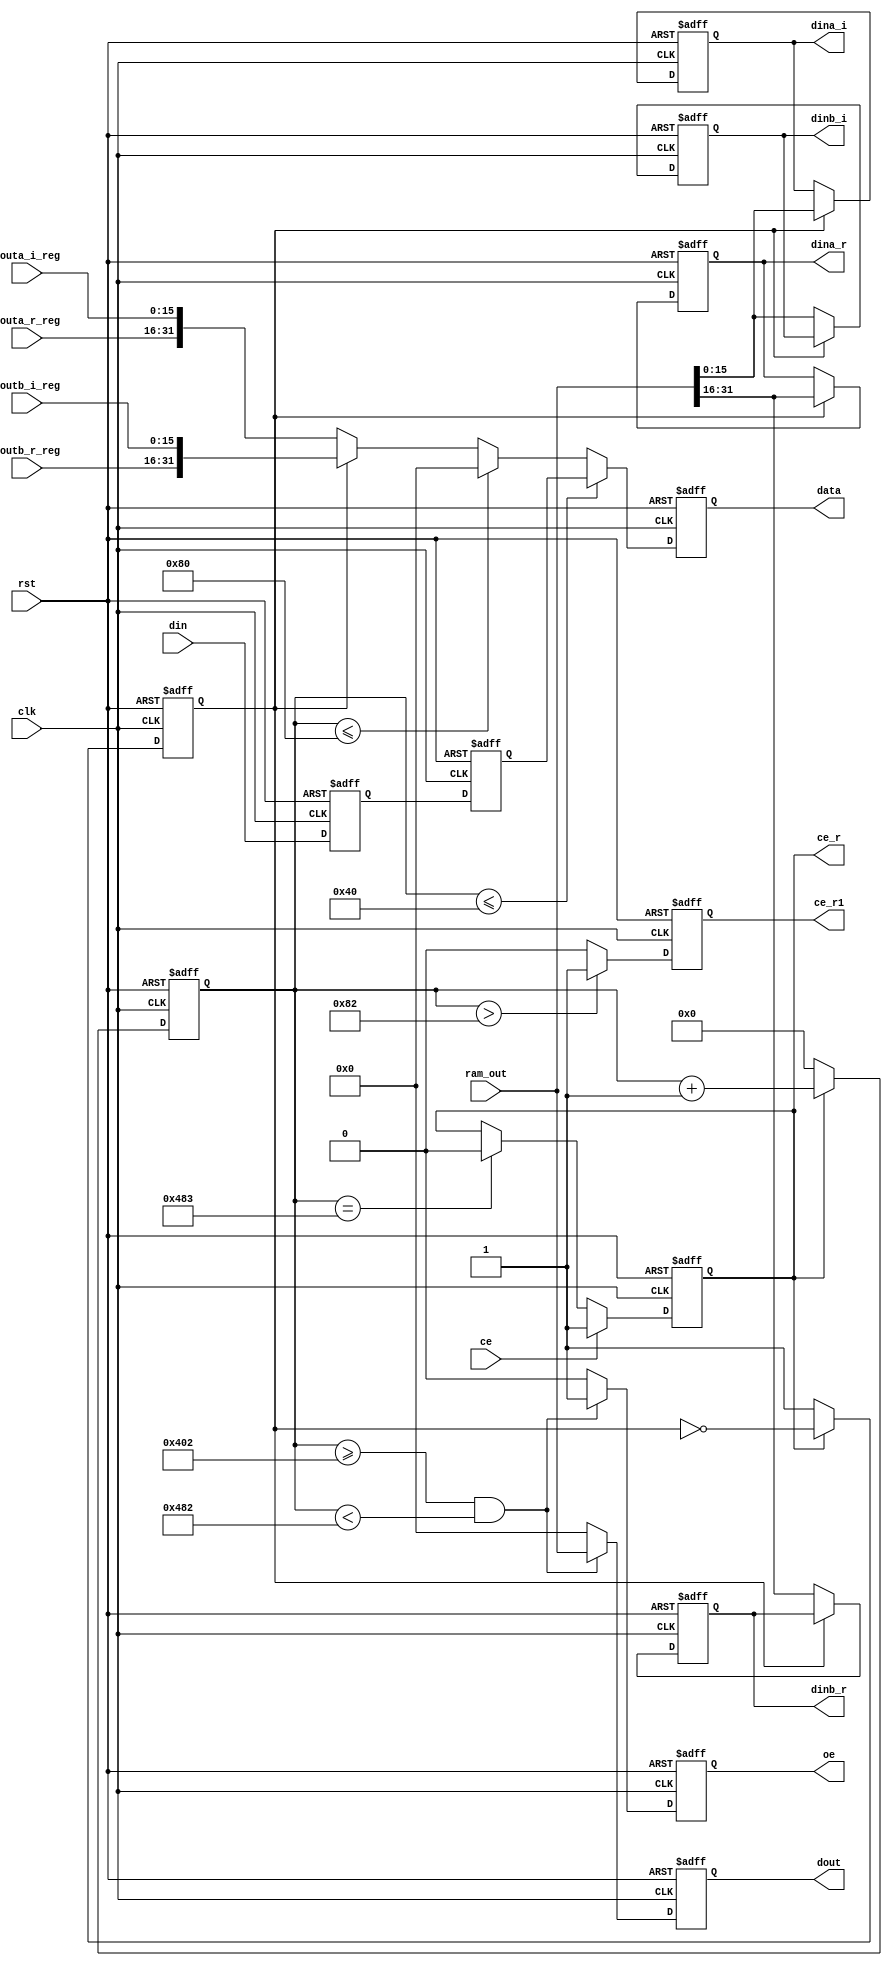
`timescale 1ns / 1ps

module fft_128_ctr(
clk,
rst,
ce,
ce_r,
ce_r1,
dina_r,
dina_i,
dinb_r,
dinb_i,
douta_r_reg,
douta_i_reg,
doutb_r_reg,
doutb_i_reg,
oe,
data,
ram_out,
din,
dout
    );
input clk;
input rst;
input ce;
input [31:0]din;
input signed[15:0]douta_r_reg,douta_i_reg;
input signed[15:0]doutb_r_reg,doutb_i_reg;
output reg oe;
output reg[31:0]dout;

reg clk_en;
output reg ce_r,ce_r1;
reg [10:0] count;
reg [31:0]din_r;
reg [31:0]din_reg;
output reg [31:0]data;
output reg signed[15:0]dina_r,dina_i; 
output reg signed[15:0]dinb_r,dinb_i; 
wire signed[15:0]douta_r_reg,douta_i_reg;
wire signed[15:0]doutb_r_reg,doutb_i_reg;
input [31:0] ram_out;
wire [31:0] douta_reg,doutb_reg;
wire oe_r;

assign oe_r=( (count>=11'd1026 && count<11'd1154) );
assign douta_reg={douta_r_reg,douta_i_reg};
assign doutb_reg={doutb_r_reg,doutb_i_reg};
		
always@(posedge clk or negedge rst)
    if(!rst)
        clk_en<=1'b1;
    else if(ce_r)
       clk_en<=~clk_en; 
    else 
       clk_en<=1'b1;

always@(posedge clk or negedge rst)
	if(!rst)
		ce_r<=1'b0;
	else if(ce==1'b1)
		ce_r<=1'b1;
	else if(count==11'd1155)
		ce_r<=1'b0; 

always@(posedge clk or negedge rst)
	if(!rst)
		ce_r1<=1'b0;
	else if(count>11'd130)
		ce_r1<=1'b1;
	else
		ce_r1<=1'b0; 

always@(posedge clk or negedge rst)
	if(!rst)
		oe<=1'b0;
	else if( oe_r )
		oe<=1'b1;
	else
		oe<=1'b0;

always@(posedge clk or negedge rst)
    if(!rst)
        count<=11'd0;
    else if(ce_r)
        count<=count+1'b1;
    else 
		count<=11'd0;

always@(posedge clk or negedge rst)
	if(!rst)begin
		dina_r<=16'd0;
		dina_i<=16'd0;
		dinb_r<=16'd0;
		dinb_i<=16'd0;
	end
	else if(clk_en==1'b1) begin
		dina_r<=ram_out[31:16];
		dina_i<=ram_out[15:0];
	end
	else if(clk_en==1'b0) begin
		dinb_r<=ram_out[31:16];
		dinb_i<=ram_out[15:0];
	end
	else begin
		dina_r<=16'd0;
		dina_i<=16'd0;
		dinb_r<=16'd0;
		dinb_i<=16'd0;
	end

always@(posedge clk or negedge rst)
	if(!rst)
		din_r<=32'd0;
	else
		din_r<=din;

always@(posedge clk or negedge rst)
	if(!rst)
		din_reg<=32'd0;
	else
		din_reg<=din_r;
	
always@(posedge clk or negedge rst)
	if(!rst)
		data<=32'd0;
	else if( count<=11'd64 )
		data<=din_reg;
	else if( count<=11'd128 )
		data<=32'd0;
	else if( clk_en==1'b0) 
		data<=douta_reg;
	else if( clk_en==1'b1) 
		data<=doutb_reg;

always@(posedge clk or negedge rst)
  if(!rst)
      dout <= 32'd0;
  else if( oe_r ) 
      dout <= ram_out;
  else 
	  dout <= 32'd0;
endmodule